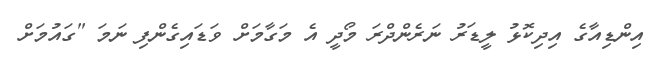
އިންޑިއާގެ އިދިކޮޅު ލީޑަރު ނަރެންދްރަ މޯދީ އެ މަގާމަށް ވަޑައިގެންފި ނަމަ "ގައުމަށް